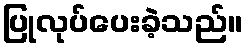
ပြုလုပ်ပေးခဲ့သည်။